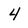
Character: 4